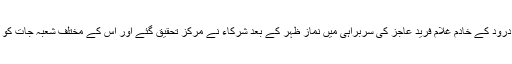
گوشہ درود کے خادم غلام فرید عاجز کی سربراہی میں نماز ظہر کے بعد شرکاء نے مرکز تحقیق گئے اور اس کے مختلف شعبہ جات کو دیکھا۔